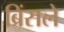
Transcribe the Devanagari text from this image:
ब्रिंसले